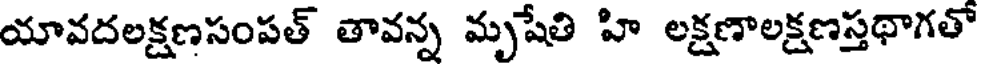
యావదలక్షణసంపత్ తావన్న మృషేతి హి లక్షణాలక్షణస్తథాగతో